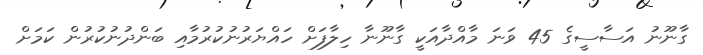
ގާނޫނު އަސާސީގެ 45 ވަނަ މާއްދާއަކީ ގާނޫނާ ހިލާފަށް ހައްޔަރުނުކުރުމާއި ބަންދުނުކުރުން ކަމަށް